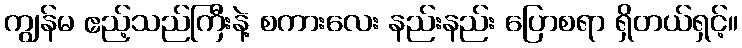
ကျွန်မ ဧည့်သည်ကြီးနဲ့ စကားလေး နည်းနည်း ပြောစရာ ရှိတယ်ရှင့်။